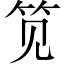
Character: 笕